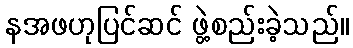
နအဖဟုပြင်ဆင် ဖွဲ့စည်းခဲ့သည်။